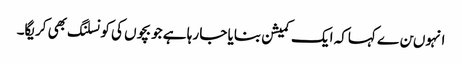
انہوںن ے کہاکہ ایک کمیشن بنایا جا رہا ہے جو بچوں کی کونسلنگ بھی کریگا۔